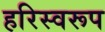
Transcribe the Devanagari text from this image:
हरिस्वरूप